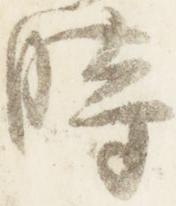
時